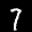
Label: 7